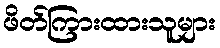
ဖိတ်ကြားထားသူများ